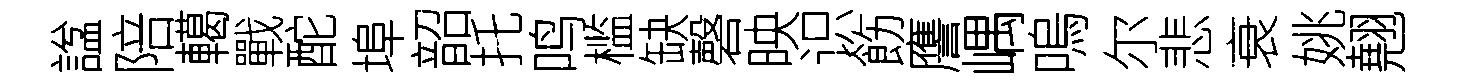
諡陪轕戰酡埠韶托鸣槛缺磬映识飭譍嵎嗚尔悲衰姚翹